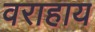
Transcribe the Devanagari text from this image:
वराहाय